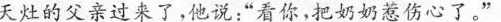
天灶的父亲过来了，他说:“看你，把奶奶惹伤心了。”